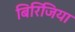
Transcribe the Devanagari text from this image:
बिरिजिया